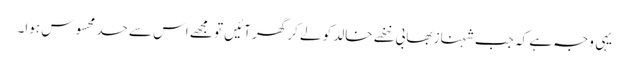
یہی وجہ ہے کہ جب شہناز بھابی ننھے خالد کو لے کر گھر آئیں تو مجھے اس سے حسد محسوس ہوا۔